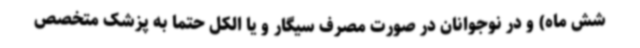
شش ماه) و در نوجوانان در صورت مصرف سیگار و یا الکل حتما به پزشک متخصص